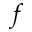
f